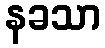
နခသာ